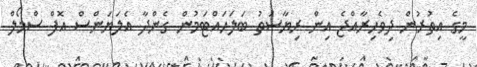
މީގެ އިތުރުން ދިވެހިރާއްޖެ އިން ރިޔާސަތު ބަަލަހައްޓަމުން ގެންދާ އެލަޔަންސް އޮފް ސްމޯލް